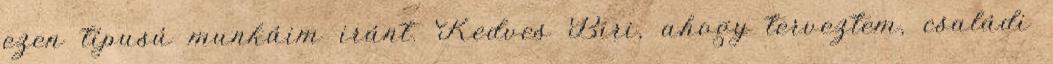
ezen típusú munkáim iránt. Kedves Biri, ahogy terveztem, családi